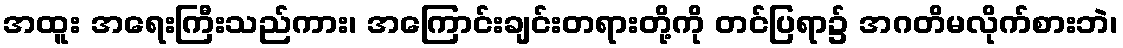
အထူး အရေးကြီးသည်ကား၊ အကြောင်းချင်းတရားတို့ကို တင်ပြရာ၌ အဂတိမလိုက်စားဘဲ၊